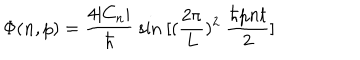
\Phi ( n , p ) = { \frac { 4 | C _ { n } | } { \hbar } } ~ \mathrm { s i n } ~ [ ( { \frac { 2 \pi } { L } } ) ^ { 2 } ~ { \frac { \hbar p n t } { 2 } } ]